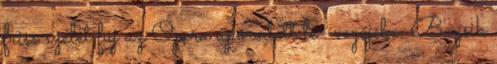
friss szelet fúj az Opera áporodott le- vegőjébe. Bozsik